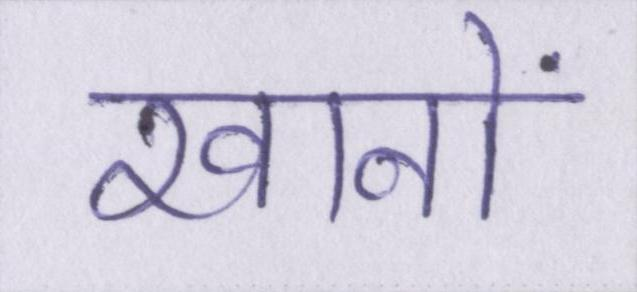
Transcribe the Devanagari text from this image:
खानों